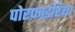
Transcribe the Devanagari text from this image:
पोरफाइरिया